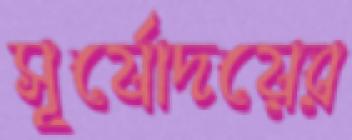
সূর্যোদয়ের